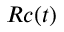
R c ( t )